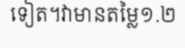
ទៀត។វាមានតម្លៃ១.២